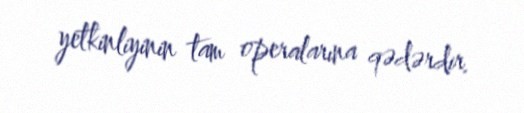
yetkinliyinin tam operalarına qədərdir.